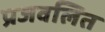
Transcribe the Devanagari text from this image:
प्रजवलित